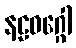
နဠဝဂ္ဂေါ